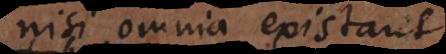
nisi omnia existant